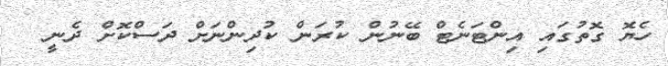
ހެޔޮ ގޮތުގައި އިންޓަނެޓް ބޭނުން ކުރަން ކުދިންނަށް ދަސްކޮށް ދެނީ